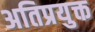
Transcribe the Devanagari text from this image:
अतिप्रयुक्त